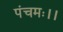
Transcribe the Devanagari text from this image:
पंचमः।।